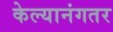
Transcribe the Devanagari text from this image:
केल्यानंगतर